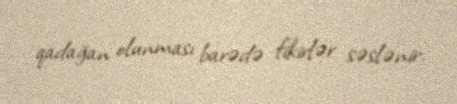
qadağan olunması barədə fikirlər səslənir.